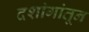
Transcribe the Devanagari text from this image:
दशांगांतून